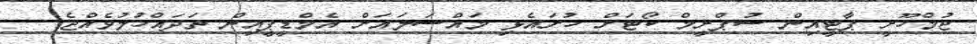
ޖުމްހޫރީ ޕާޓީއިން ސުޕްރީމް ކޯޓަށް ހުށައެޅި މައްސަލައަށް އެމްޑީޕީއިން ތަދައްޚުލުވެއްޖެ